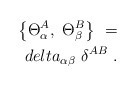
\begin{align*}\left\{ \Theta_\alpha^A, \ \Theta_\beta^B\right\} \ = \\delta_{\alpha\beta} \ \delta^{AB} \ .\end{align*}